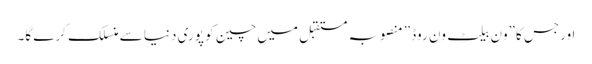
اورجس کا”ون بیلٹ ون روڈ” منصوبہ مستقبل میں چین کو پوری دنیا سے منسلک کرے گا۔